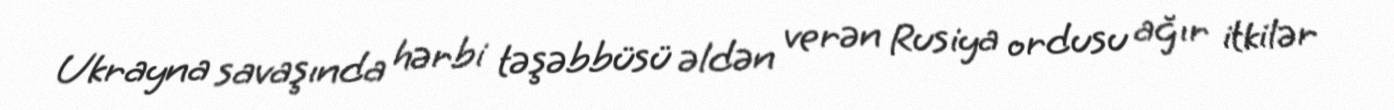
Ukrayna savaşında hərbi təşəbbüsü əldən verən Rusiya ordusu ağır itkilər